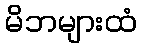
မိဘများထံ